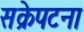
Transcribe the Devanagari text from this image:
सक्रेपटना